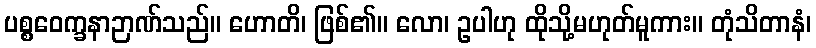
ပစ္စဝေက္ခနာဉာဏ်သည်။ ဟောတိ၊ ဖြစ်၏။ လော၊ ဥပါဟု ထိုသို့မဟုတ်မူကား။ တုံသိတာနံ၊